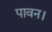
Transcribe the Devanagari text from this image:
पावन।